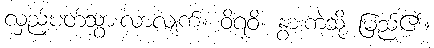
လှည့်ပတ်သွားလာလျက်။ ဝိရဝိ၊ နွားကဲ့သို့ မြည်၏။